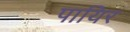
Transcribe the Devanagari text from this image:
पायिर